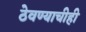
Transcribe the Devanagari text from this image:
ठेवण्याचीही